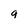
Character: q